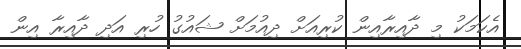
އެކަމަކު މި ދާއިރާއިން ކުރިއަށް ދިއުމަށް ޝައުގު ހުރި އަދި ދާއިރާ އިން